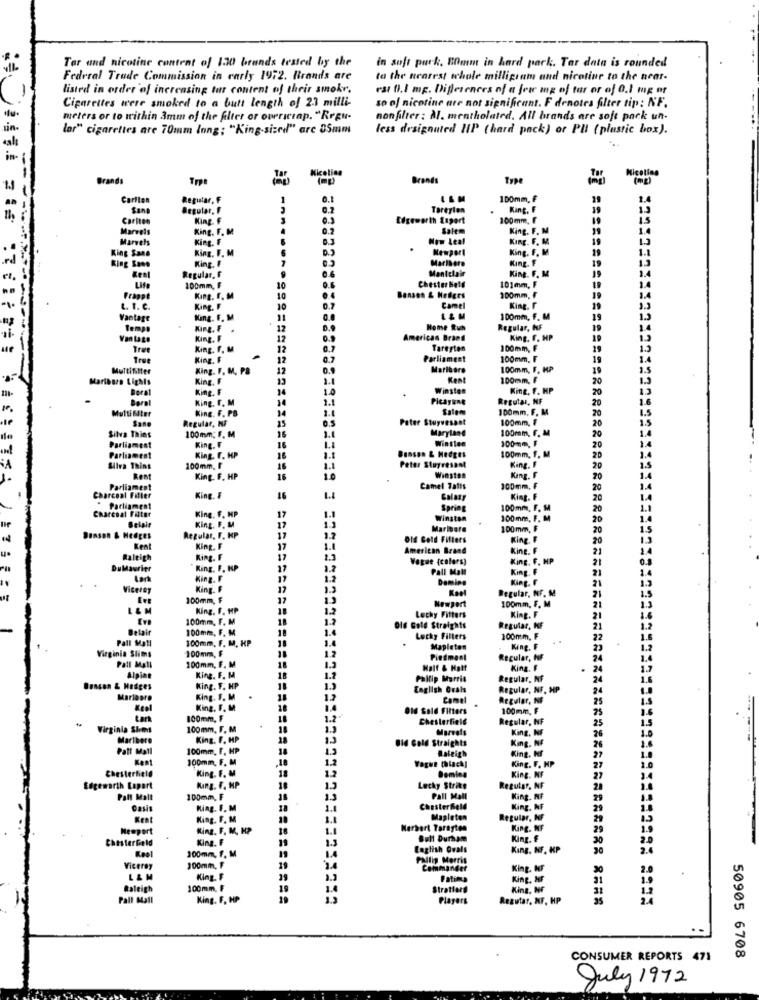
Tar and nicotine content of 1.30 brands tested by the
in soft park. Emm in hard park. Tar data is rounded
Federal Trade Commission in carly 1972. Brands are
to the nearest whole milligram and nicotine to the near-
listed in order of increasing tur content of their smokr.
rat 0.1 mp. Differences of a few mg of tar or of 0.1 mg or
Cigarettes were smoked to a butt length of 23 milli-
so of nicotine are not significant. F denotes filter tip: NF.
meters or to within 3mm of the filter or overiciap. "Regu-
nonfilter: M. mentholated. All brands are soft pack un.
lar" cigarettes are 70mm long; "King-sized" arc 05mm
less designated IIP (hard pack) or PH (plastic box).
in-
Kicoting
Brands
Tre
Brands
Kicetins
Carlton
Regular, F
100mm, F
39
1.4
Sang
Regular, F
0.2
Tareyion
King, F
19
Carlton
King. F
Edgeworth Expert
100mm, F
19
Marvels
King. F. M
4
0.2
Salem
King. F. M
19
Marvels
King. F
New Leaf
King. F. M.
King Sane
King. F. M
Newport
King. F. M
19
King Sono
King. F
7
Marlboro
King. F
19
Mantclair
King. F. M
Kent
Regular, F
100mm, F
10
Chester bell
101mm, F
19
Frappe
King. F. M
10
Banson & Hedges
100mm, F
19
t. I. C.
King. F
10
Camel
King. F
19
Vantage
King. F. M
100mm, F. M
Temps
KIRg. F .
12
Home Run
Regular, IF
King . 8
American Brand
King. F. HP
19
Træe
King. F. M
12
Tarerten
100mm, F
29
free
King. F
12
Parliament
100mm. F
19
Multifitter
King. F. M. PB
Marlboro
100mm, F. HP
19
Marlboro Lights
King. F
Kent
100mm, F
20
King. F
14
Winston
King, F. HP
Beral
King. F. M
Picayune
Regular, NF
Multi Ster
King. F. PB
14
Salem
100mm. F. M
20
20
Sane
Regular, NF
Peter Stuyvesant
100mm, F
20
Silva Thies
100mm: F. M
35
Maryland
100mm, F. M
King. F
16
16
Winsten
100-m. F
20
Parliament
20
Parliament
King. F. HP
16
Benson & Hedges
100mm, F. M
20
Silva Tains
100mm, F
16
Peter Stuyresant
King. F
20
Rent
King. F. HP
16
Winston
King. F
20
Parliament
Camel Talis
100mm, F
20
Charcoal Fiffler
King. F
16
Galaxy
King. F
20
Parliament
King. F. HP
Spring
100mm, F. M
20
Charcoal Filter
King. F. M
17
Winston
100mm, F. M
20
Belair
17
Marioare
100mm, F
20
SENSOR & Hedges
Regular, F. KP
17
1.7
Old Gold Fillers
King. F
20
Kent
King. F
17
1.1
American Brand
King. F
21
Raleigh
King. F
17
1.3
Vague {colors)
King. F. MP
21
DuMaurier
"King. F. HP
17
Pall Mall
King. F
21
Lark
King. F
17
1.2
Deming
King. F
Vicerey
King. F
Regular, NF. M
21
100mm, F
Newport
100mm, F. M
21
King. F. HP
18
1.2
100mm, F. M
18
1.2
Lochy Filters
King. F
21
Belair
100mm, F. M
Off Gold Straights
Regular, KF
21
Pall Mall
100mm, F. M. KP
Lecky Filters
100mm. FF
22
100mm, F
Mapleten
King. F
Virginia Slims
100mm, F. M
Piedment
Regular, NF
24
Pall Mall
18
Half & Hatt
King. F
24
Alpian
King. F. M.
18
Philip Morris
Regular, NF
Benson & Hedges
King. F. HP
English Orals
Regular, NF. HP
24
Marlboro
King. F. M
.
18
Camel
Regular, NF
25
King. F. M
Old Sold Filters
100mm, F
25
tar
100mm, F
Chesterfield
Regular, NF
25
Virginia SI-ms
100mm, F. M
Marvels
King, INF
26
Maribere
King. F. HP
28
Bid Gold Straights
King. NF
Patt Mall
100mm. F. HP
18
Raleigh
King. Nf
26
100mm, F. M
1.2
27
Chesterfield
King. F. M
,18
King. F. HP
27
1.2
Deming
King. NF
27
Edgeworth Lapart
King. F. HP
18
Lucky Strike
Regular, NF
28
Pall Mall
100mm, F
Pall Mall
King. NF
29
Oasis
King. F. M
1.4
Chesterfield
King, NF
29
Kent
King. F. M
1.1
Mapleten
Regular, MF
29
Newport
King. F. M. HP
1.1
Herbert Tarayten
King. NF
29
ChesterGeld
King. F
1.3
Bull Durham
King. F
30
Kool
300mm, F. M
English Ovals
King. Kr. HP
2.6
1.4
Pallig Morris
Viceroy
100mm, F
19
24
Commander
King. MF
2.0
L&M
King. F
39
Fatima
King. HF
Raleigh
100mm, F
19
1.4
Stratford
King, HF
31
Pall Mall
King. F. HP
Players
Rezutar, NF. HP
CONSUMER REPORTS 471
50905 6708
July 1972